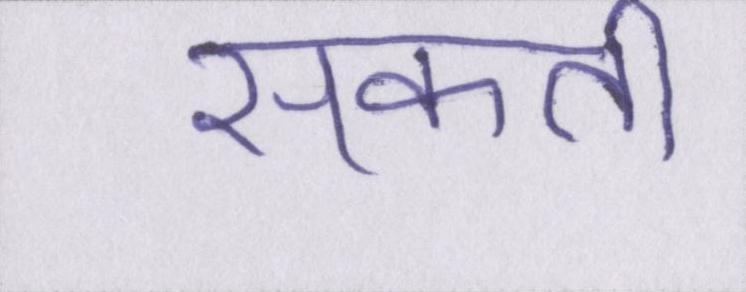
सकती